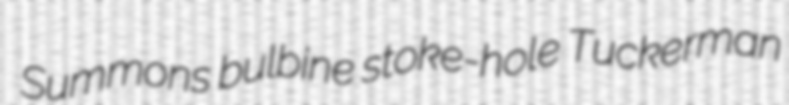
Summons bulbine stoke-hole Tuckerman